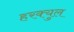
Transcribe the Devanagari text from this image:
हरक्युल